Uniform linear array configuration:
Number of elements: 16
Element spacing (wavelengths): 0.75
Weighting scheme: hann
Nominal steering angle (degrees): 0
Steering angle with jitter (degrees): -1.25
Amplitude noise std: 0.05
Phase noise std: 0.05

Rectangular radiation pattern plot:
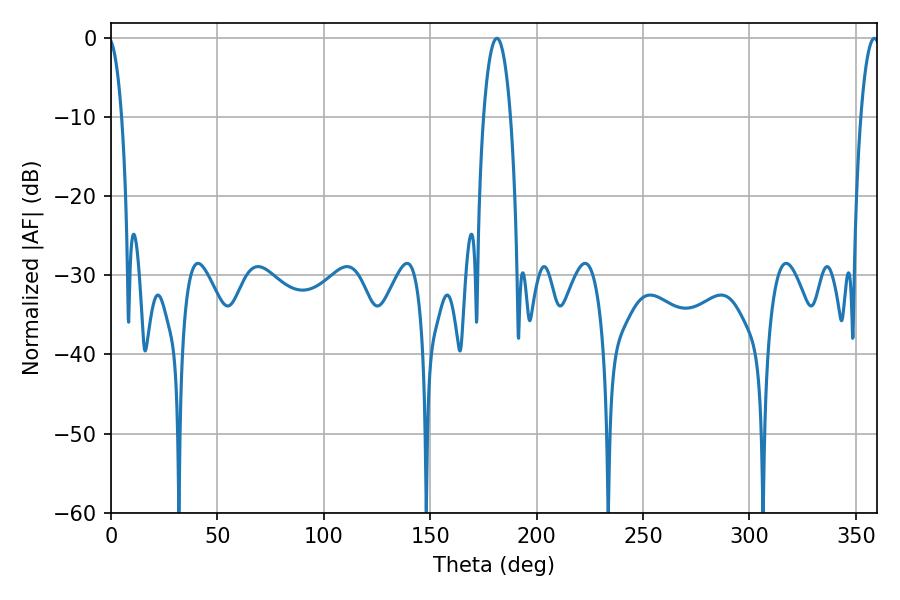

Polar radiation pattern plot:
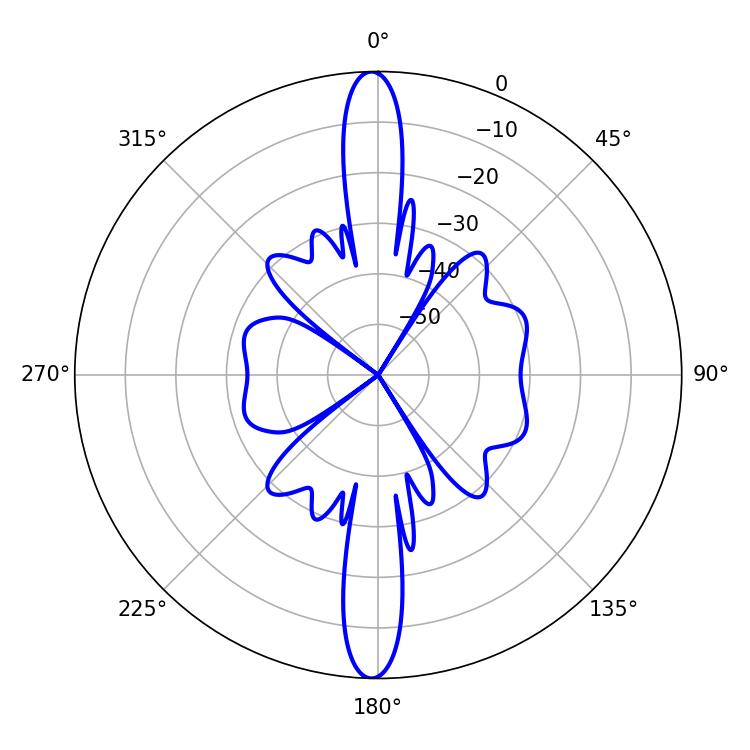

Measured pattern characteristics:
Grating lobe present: TRUE
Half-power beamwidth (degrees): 7.02
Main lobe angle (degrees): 181.26